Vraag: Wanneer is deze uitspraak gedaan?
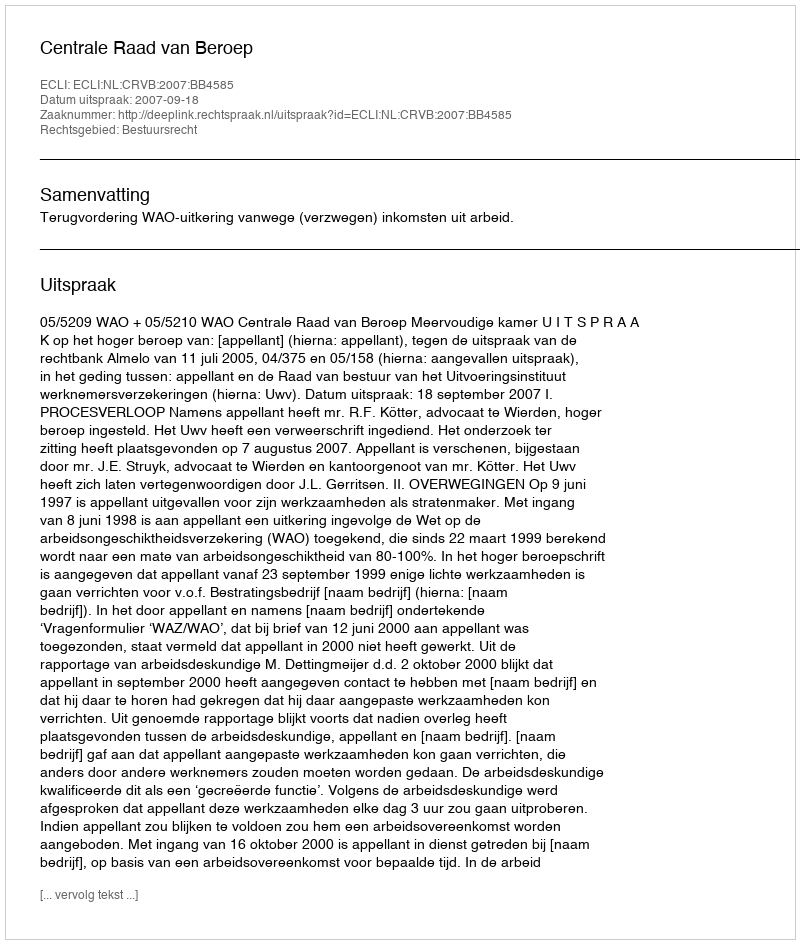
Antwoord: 2007-09-18